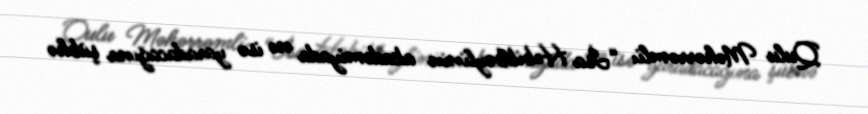
Qulu Məhərrəmli: “İsa Həbibbəylinin akademiyada nə isə yaradacağına şübhə